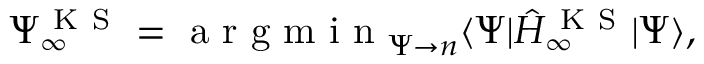
\Psi _ { \infty } ^ { \mathrm { ~ K ~ S ~ } } = \mathrm { ~ a ~ r ~ g ~ m ~ i ~ n ~ } _ { \Psi \to n } \langle \Psi | \hat { H } _ { \infty } ^ { \mathrm { ~ K ~ S ~ } } | \Psi \rangle ,